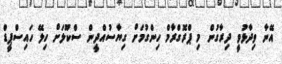
އޭނާ ވިދާޅުވީ ދިރާގުން މި ޕްރޮގްރާމް ހިންގުމަށް ގިޔާސުއްދީން ސްކޫލަށް ހިލޭ ހައިސްޕީޑް